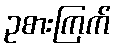
ဥစားကြက်